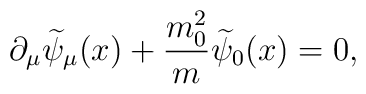
\partial _\mu \widetilde{\psi }_\mu (x)+\frac{m_0^2}{m}\widetilde{\psi }_0 (x)=0 ,